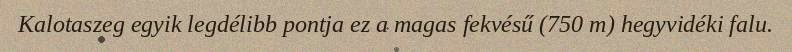
Kalotaszeg egyik legdélibb pontja ez a magas fekvésű (750 m) hegyvidéki falu.